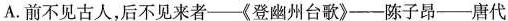
A.前不见古人，后不见来者-《登幽州台歌》-陈子昂-唐代